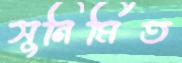
সুনির্মিত